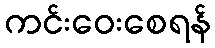
ကင်းဝေးစေရန်